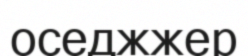
оседжжер